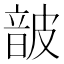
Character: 𮧸